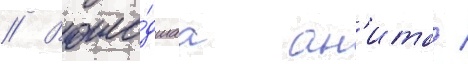
// Воше́дшаа ан'ита /